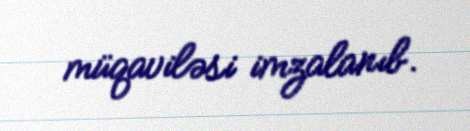
müqaviləsi imzalanıb.